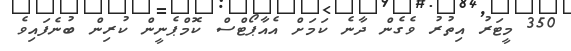
350 މީޓަރު އިތުރު ވެގެން ދާނެ ކަމަށް އެއާޕޯޓްސް ކޮމްޕެނީން ކުރިން ބުނެފައިވެ